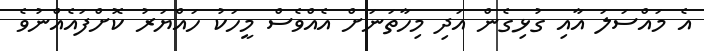
އެ މައްސަލަ އާއި ގުޅިގެން އަދި މިހާތަނަށް އެއްވެސް މީހަކު ހައްޔަރު ކޮށްފައެއްނުވެ